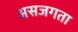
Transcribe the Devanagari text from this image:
असजगता